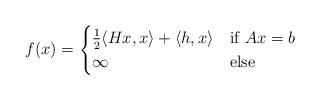
LaTeX: \begin{align*}f(x)=\begin{cases} \tfrac{1}{2}\langle Hx,x\rangle+\langle h,x\rangle & {\hbox{if }} Ax=b\\\infty & {\hbox{else}}\end{cases}\end{align*}